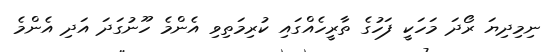
ނިމިދިޔަ ރޯދަ މަހަކީ ފަހުގެ ތާރީހެއްގައި ކުރިމަތިވި އެންމެ ހޫނުގަދަ އަދި އެންމެ